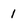
Character: 1